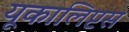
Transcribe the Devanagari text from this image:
यूकालिप्टस